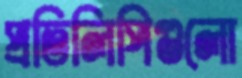
প্রতিলিপিগুলো